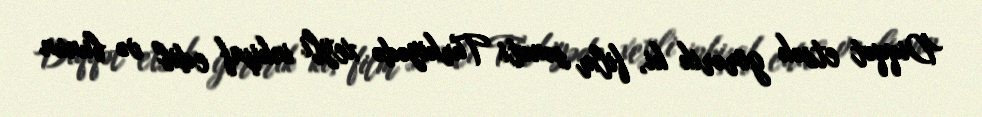
Diqqət etsək görərik ki, film sənəti Türkiyədə xeyli inkişaf edib və bunun